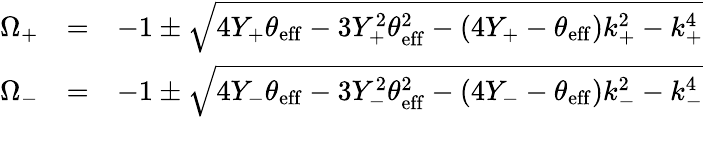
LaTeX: \begin{array}{rlr}{\Omega_{+}}&{=}&{-1\pm\sqrt{4Y_{+}\theta_{\mathrm{eff}}-3Y_{+}^{2}\theta_{\mathrm{eff}}^{2}-(4Y_{+}-\theta_{\mathrm{eff}})k_{+}^{2}-k_{+}^{4}}}\\ {\Omega_{-}}&{=}&{-1\pm\sqrt{4Y_{-}\theta_{\mathrm{eff}}-3Y_{-}^{2}\theta_{\mathrm{eff}}^{2}-(4Y_{-}-\theta_{\mathrm{eff}})k_{-}^{2}-k_{-}^{4}}}\\ &{}&\end{array}